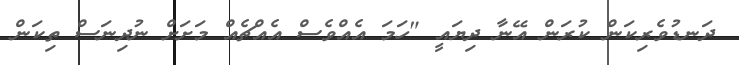
ދަނޑުވެރިކަން ކުރަން އޭނާ ދިޔައީ "ހަމަ އެއްވެސް އެއްޗެއް މަށަށް ނުދިނަސް ތިކަން